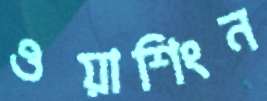
ওয়াশিংন